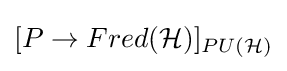
[P\rightarrow Fred({\mathcal {H}})]_{PU({\mathcal {H}})}